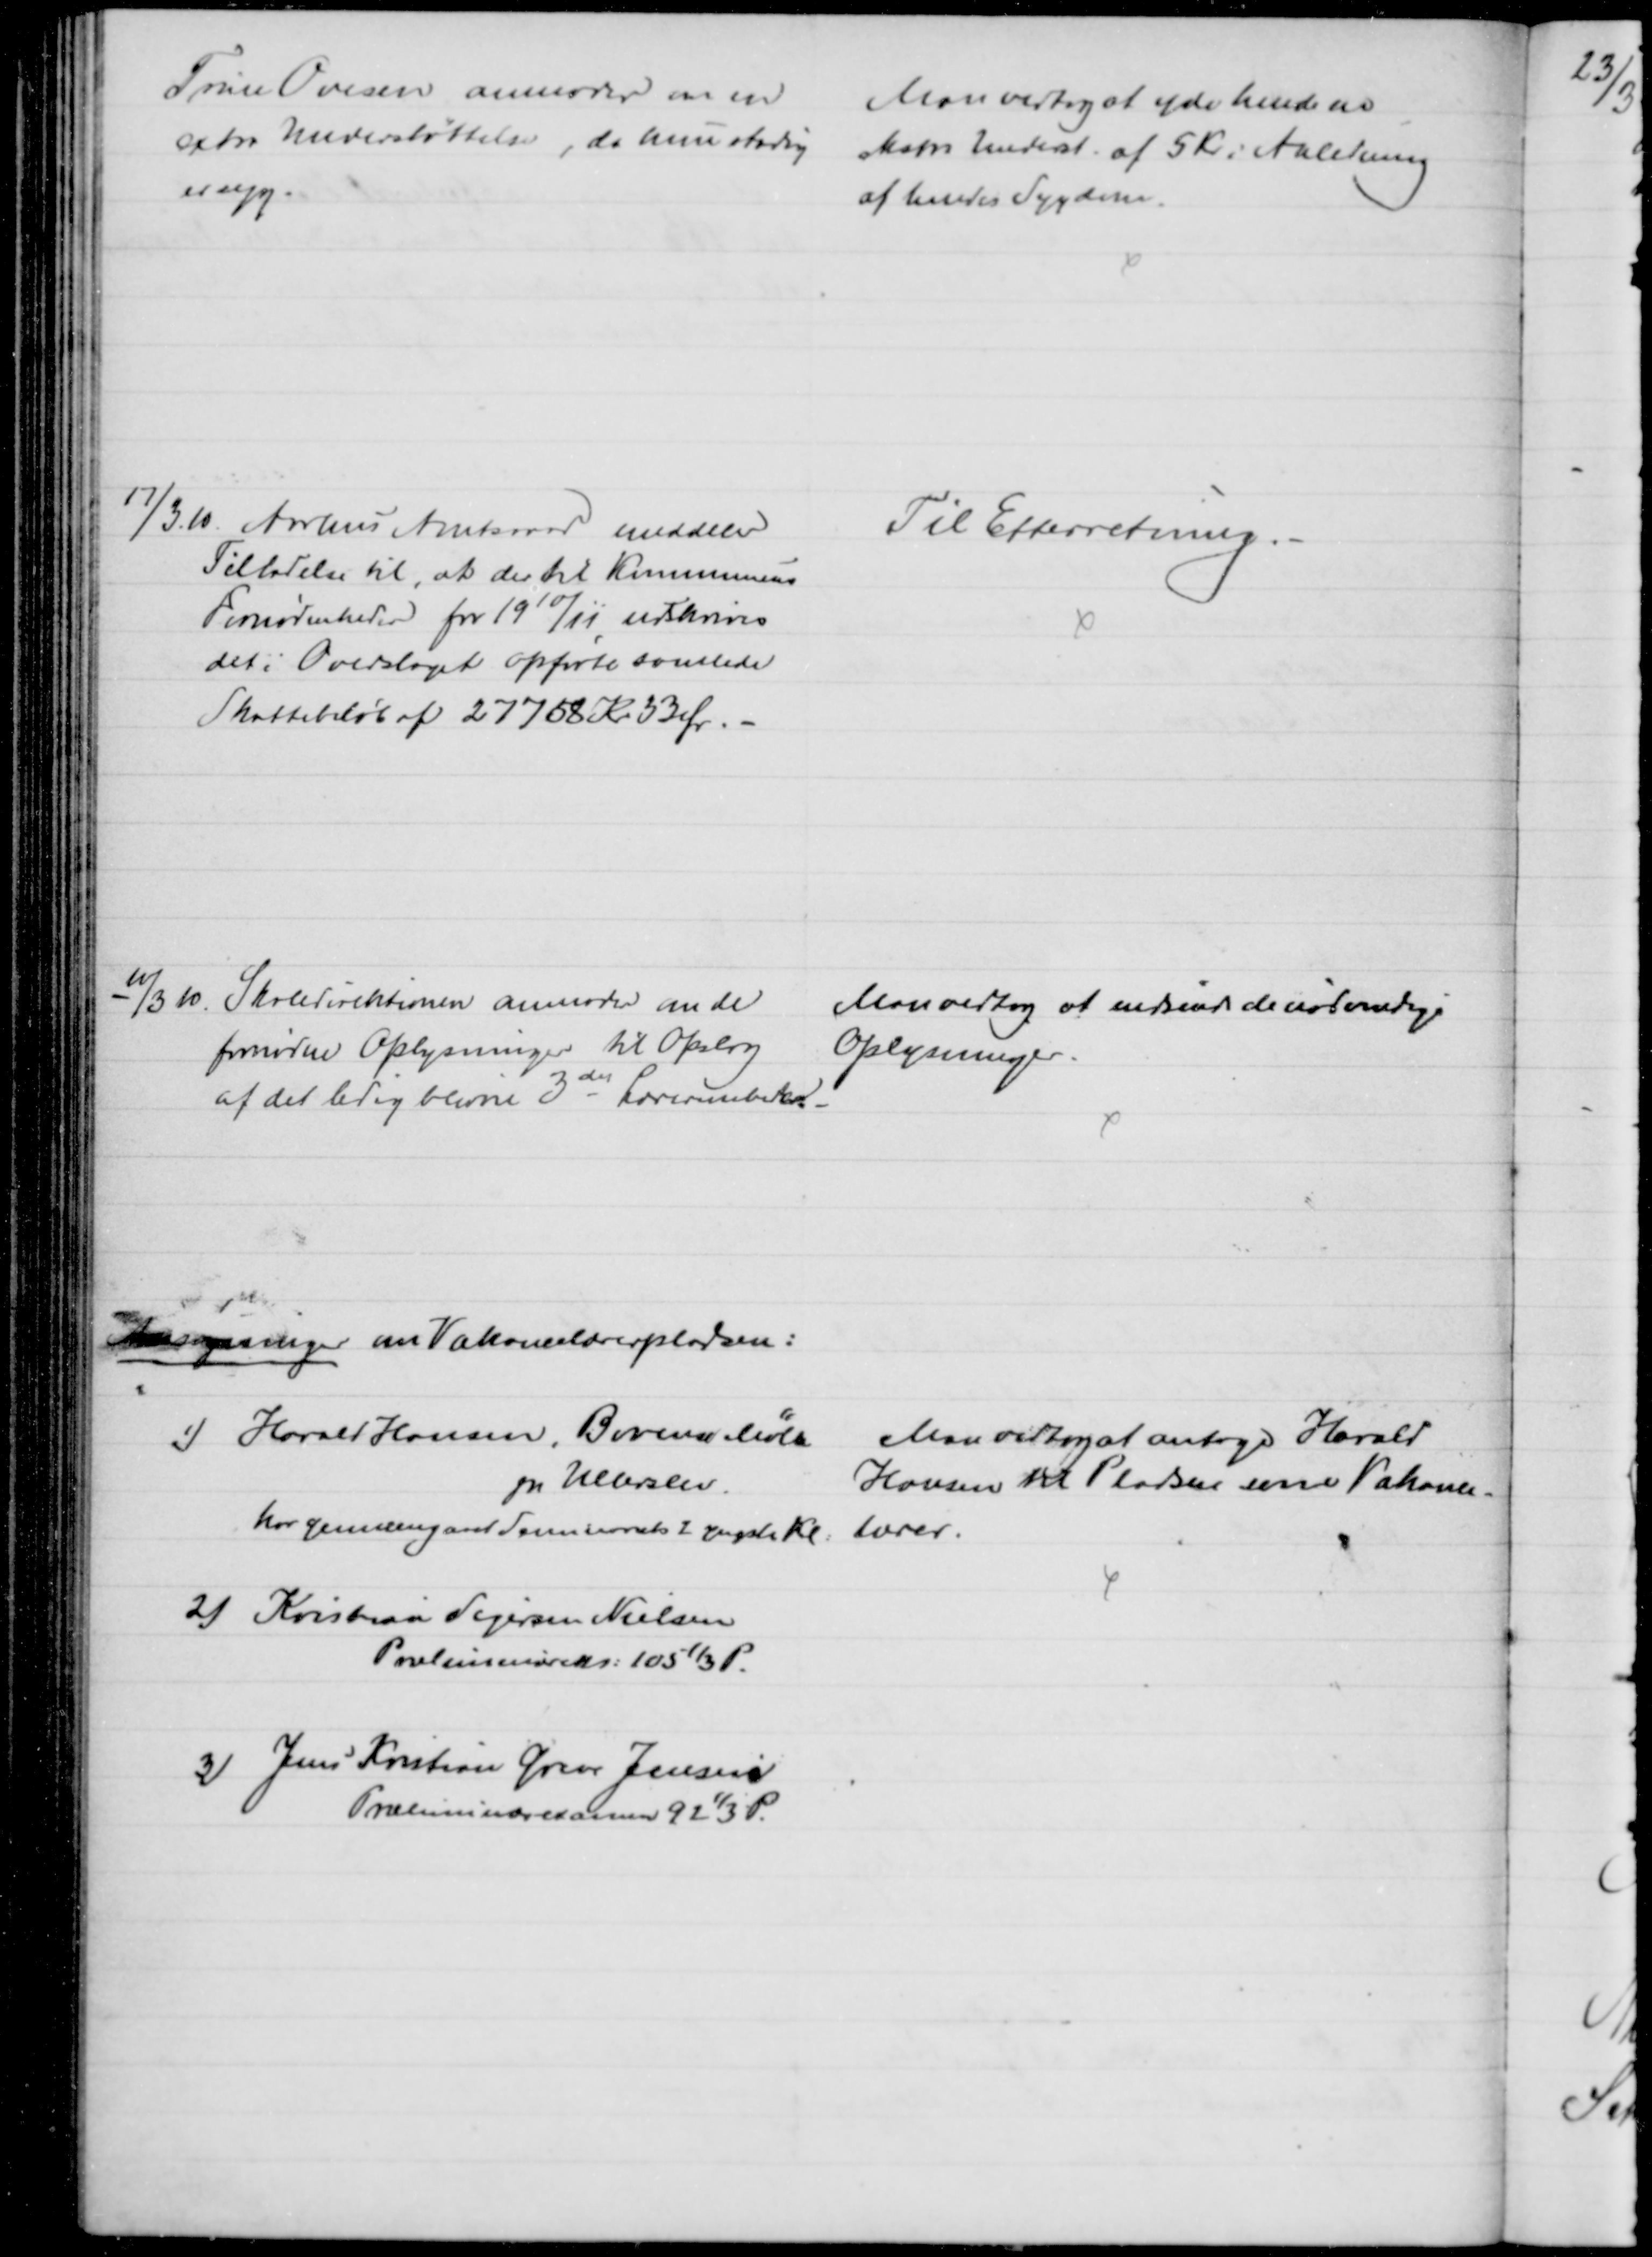
Transskription:
Trine Ovesen anmoder om en
extra Understøttelse, da hun stadig
er syg.
Man vedtog at yde hende en
ekstra Underst. af 5 Kr i Anledning
af hendes Sygdom.
17/3. 10. Aarhus Amtsraad meddeler
Tilladelse til, at der til Kommunens
Fornødenheder for 1910/11 udskrives
det i Overslaget opførte samlede
Skattebeløb af 27758 Kr 33 Ør.
Til Efterretning.
11/3 10.
Skoledirektionen anmoder om de
fornødne Oplysninger til Opslag
af det ledig blivne 3die Lærerembede.
Man vedtog at indsende de nødvendige
Oplysninger.
Ansøgninger om Vakancelærerpladsen:
1) Harald Hansen, Bovense Mølle
pr Ullerslev.
har gennemgaaet Sammesteds 2 yngste Kl. 
2) Kristian Sejersen Nielsen
Præliminæreks: 105⅓ P.
3) Jens Kristian Greve Jensen
Præliminærexamen 92⅓ P.
Man vedtog at antage Harald
Hansen til Pladsen som Vakance-
Lærer.